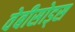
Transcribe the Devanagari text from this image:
वेबीसोड्स